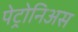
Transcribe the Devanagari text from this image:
पेट्रोनिअस